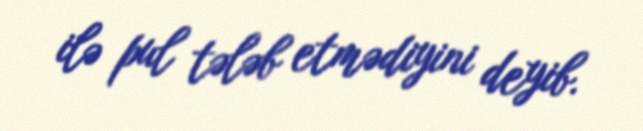
ilə pul tələb etmədiyini deyib.